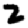
Digit: 2